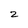
Character: 2